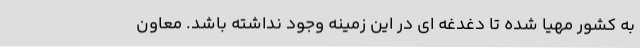
به کشور مهیا شده تا دغدغه ای در این زمینه وجود نداشته باشد. معاون